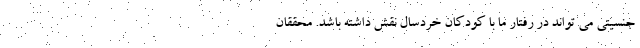
جنسیتی می تواند در رفتار ما با کودکان خردسال نقش داشته باشد. محققان